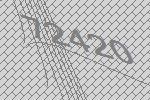
72420